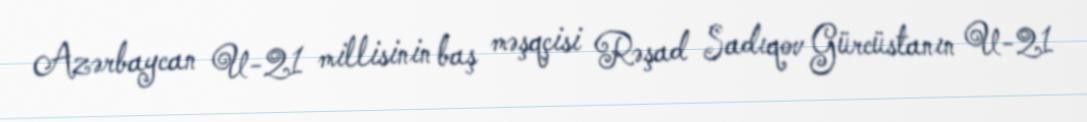
Azərbaycan U-21 millisinin baş məşqçisi Rəşad Sadıqov Gürcüstanın U-21